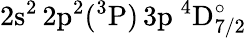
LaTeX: \mathrm{2s^{2}\, 2p^{2}(^{3}P)\, 3p~^{4}D_{7/2}^{\circ}}